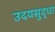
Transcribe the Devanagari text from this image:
उदयसुद्धा